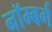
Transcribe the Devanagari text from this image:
नॉम्बर्ग